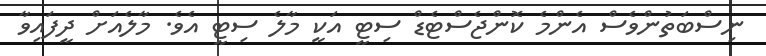
ނިސްބަތުންވެސް އެންމެ ކޮންޖެސްޓެޑް ސިޓީ އަކީ މާލެ ސިޓީ އެވެ. މާލެއަށް ދީފައިވާ